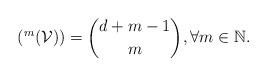
LaTeX: \begin{align*} (^m(\mathcal{V}))={d+m-1 \choose m}, \forall m \in \mathbb{N}. \end{align*}